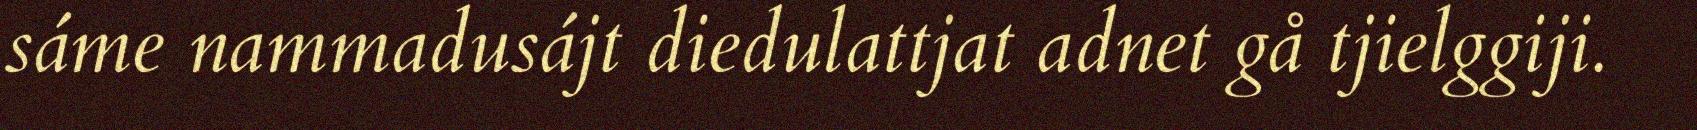
sáme nammadusájt diedulattjat adnet gå tjielggiji.